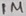
Text: 1M